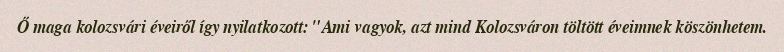
Ő maga kolozsvári éveiről így nyilatkozott: "Ami vagyok, azt mind Kolozsváron töltött éveimnek köszönhetem.